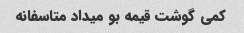
کمی گوشت قیمه بو میداد متاسفانه